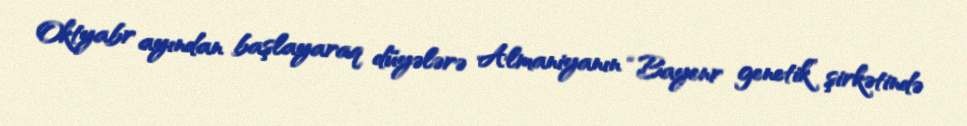
Oktyabr ayından başlayaraq düyələrə Almaniyanın “Bayenr genetik” şirkətində